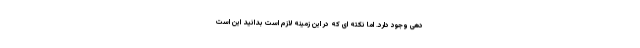
دهی وجود دارد. اما نکته ای که در این زمینه لازم است بدانید این است